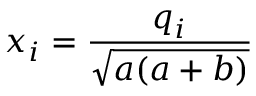
x _ { i } = \frac { q _ { i } } { \sqrt { a ( a + b ) } }